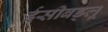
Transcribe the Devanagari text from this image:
ईसीबड्लू